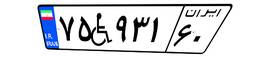
۰۲W۸۹۰۸۲